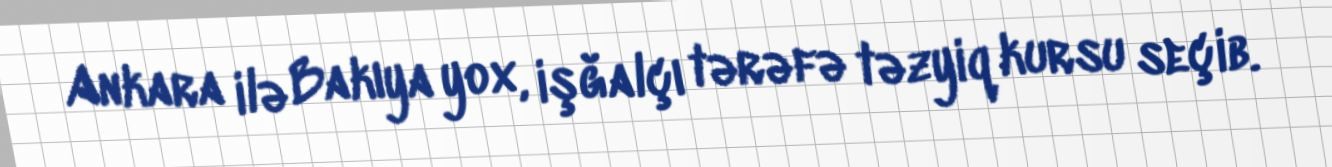
Ankara ilə Bakıya yox, işğalçı tərəfə təzyiq kursu seçib.